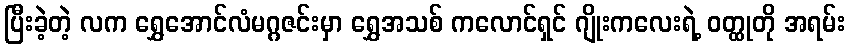
ပြီးခဲ့တဲ့ လက ရွှေအောင်လံမဂ္ဂဇင်းမှာ ရွှေအသစ် ကလောင်ရှင် ဂျိုးကလေးရဲ့ ဝတ္ထုတို အရမ်း